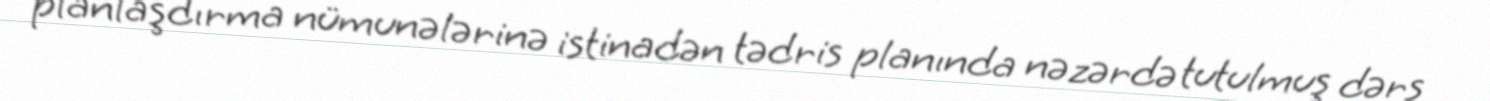
planlaşdırma nümunələrinə istinadən tədris planında nəzərdə tutulmuş dərs